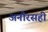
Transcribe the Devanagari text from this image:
अनौरसही